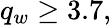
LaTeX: q_{w}\ge 3.7,